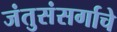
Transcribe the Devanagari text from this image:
जंतुसंसर्गाचे